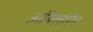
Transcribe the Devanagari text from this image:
ऑयलरिग